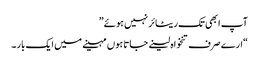
آپ ابھی تک ریٹائر نہیں ہوئے”
“ارے صرف تنخواہ لینے جاتا ہوں مہینے میں ایک بار ۔